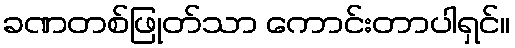
ခဏတစ်ဖြုတ်သာ ကောင်းတာပါရှင်။